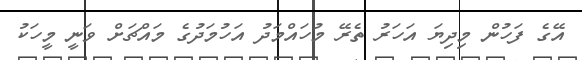
އޭގެ ފަހުން މިދިޔަ އަހަރު ތެރޭ މުހައްމަދު އަހުމަދުގެ މައްޗަށް ވަނީ މީހަކު